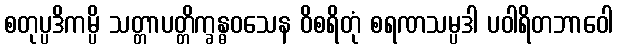
စတုပ္ပဒိကမ္ပိ သတ္တာပတ္တိက္ခန္ဓဝသေန ဝိစရိတုံ စရဏသမ္ပဒါ ပဝါရိတဘာဝေါ